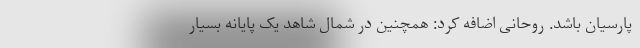
پارسیان باشد. روحانی اضافه کرد: همچنین در شمال شاهد یک پایانه بسیار